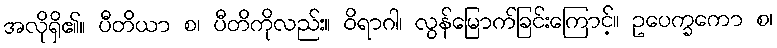
အလိုရှိ၏။ ပီတိယာ စ၊ ပီတိကိုလည်း။ ဝိရာဂါ၊ လွန်မြောက်ခြင်းကြောင့်။ ဥပေက္ခကော စ၊